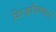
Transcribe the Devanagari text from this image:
शिजविणारा